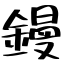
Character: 鏝